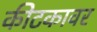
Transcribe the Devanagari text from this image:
कीटकावर